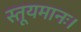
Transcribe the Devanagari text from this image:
स्तूयमानः।